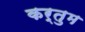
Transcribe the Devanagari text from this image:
कर्तुम